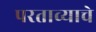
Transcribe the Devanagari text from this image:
परताव्याचे